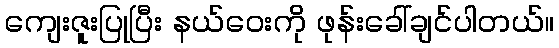
ကျေးဇူးပြုပြီး နယ်ဝေးကို ဖုန်းခေါ်ချင်ပါတယ်။